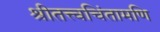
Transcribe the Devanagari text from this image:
श्रीतत्त्वचिंतामणि